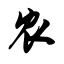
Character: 农